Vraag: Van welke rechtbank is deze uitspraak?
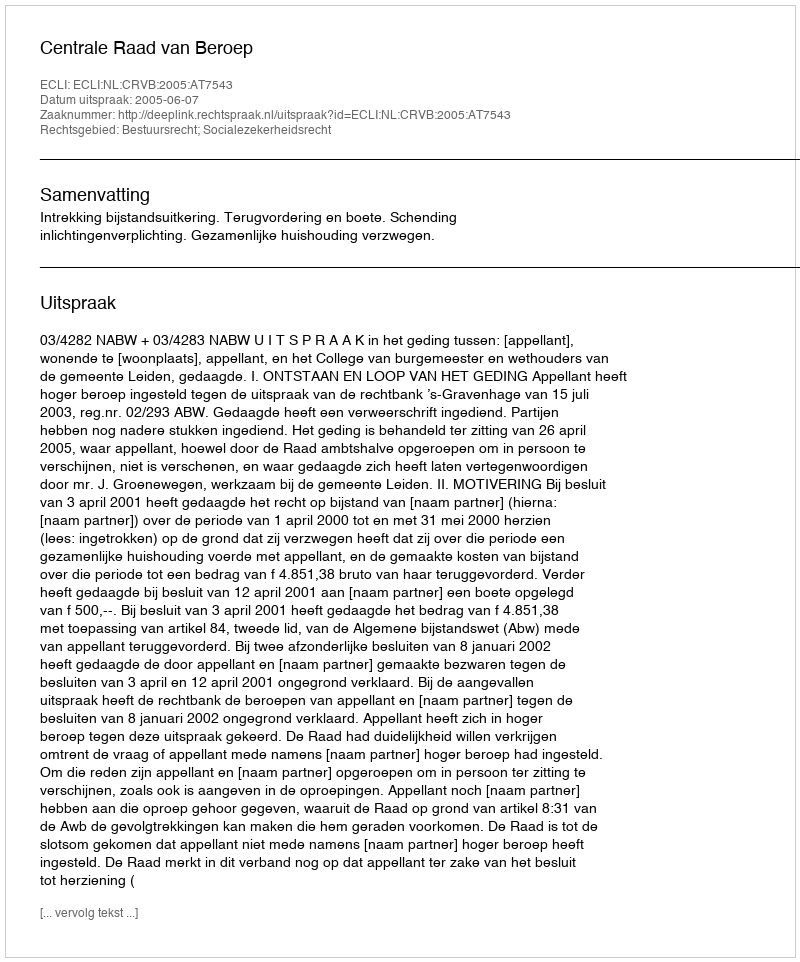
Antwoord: Centrale Raad van Beroep